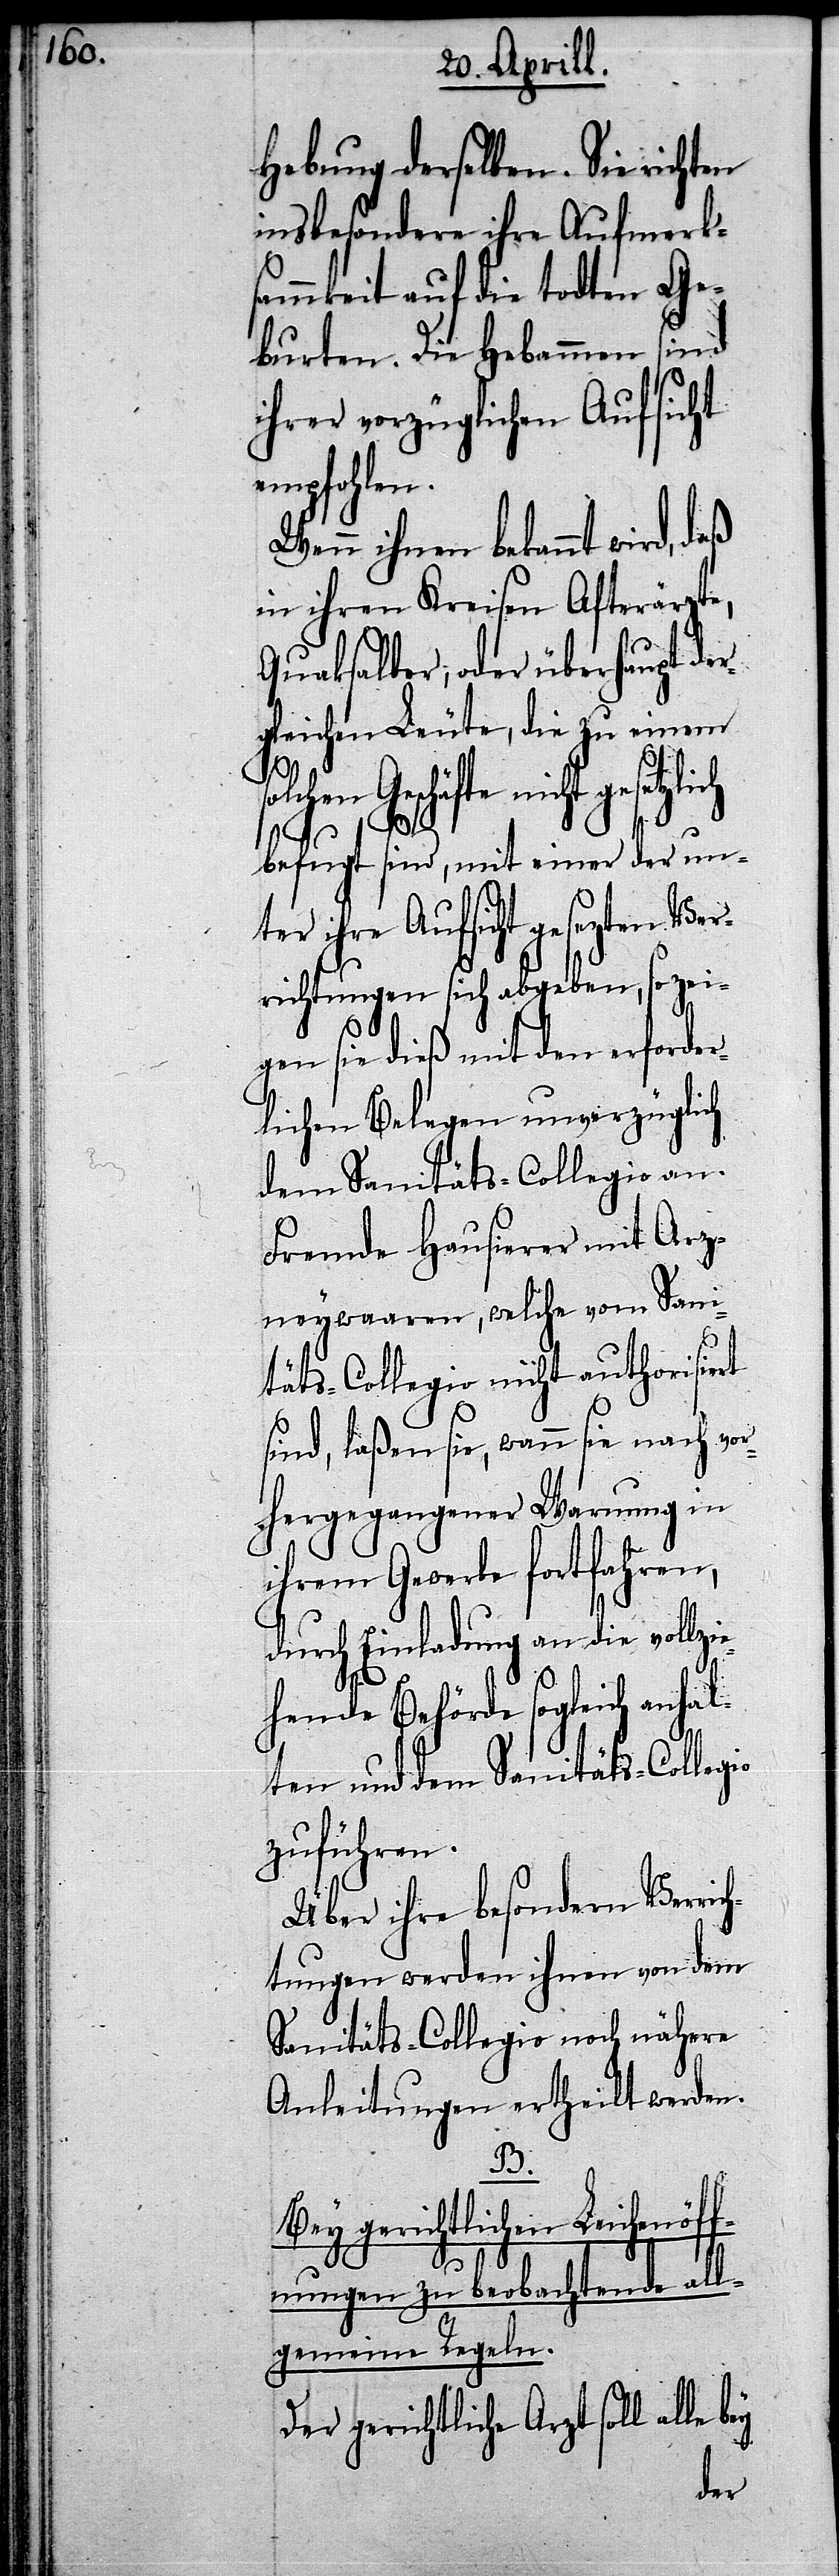
Hebung derselben. Sie richten
insbesondere ihre Aufmerk¬
samkeit auf die todten Ge¬
burten. Die Hebammen sind
ihrer vorzüglichen Aufsicht
empfohlen.
Wenn ihnen bekannt wird,
in ihren Kreisen Afterärzt¬
Quaksalber, oder überhaupt der¬
gleichen Leute, die zu einem
Geschäfte nicht gesetzlich
befugt sind, mit einer der un¬
ter ihre Aufsicht gesezten Ver¬
richtungen sich abgeben, so zei¬
gen sie dieß mit den erforder¬
lichen Belegen unverzüglich
dem Sanitäts-Collegio an.
Fremde Hausierer mit Arz¬
neywaaren, welche vom Sani¬
täts-Collegio nicht authorisiert
sind, laßen sie, wann sie nach vo¬
rhergegangener Warnung in
ihrem Gewerbe fortfahren,
durch Einladung an die vollzi¬
ehende Behörde sogleich anhal¬
ten und dem Sanitäts-Colleg¬
zuführen.
Über ihre besondern Verric¬
htungen werden ihnen von dem
Sanitäts-Collegio noch nähere
Anleitungen ertheilt werden.
B.
Bey gerichtlichen Leichenöff¬
nungen zu beobachtende all¬
gemeine Regeln.
Der gerichtliche Arzt soll al¬
le